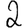
Digit: 2